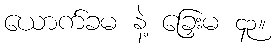
ယောက်ခမ နဲ့ ခြှေးမ ၄၃။